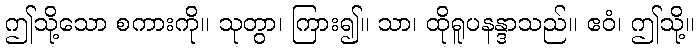
ဤသို့သော စကားကို။ သုတွာ၊ ကြား၍။ သာ၊ ထိုရူပနန္ဒာသည်။ ဧဝံ၊ ဤသို့။